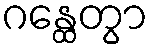
ဂန္ထေတွာ